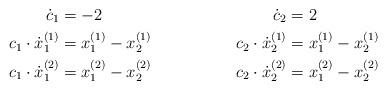
LaTeX: \begin{align*}\dot{c}_1 &= -2 & \dot{c}_2 &= 2\\c_1\cdot\dot{x}_1^{(1)}&=x_1^{(1)}-x_2^{(1)} & c_2\cdot\dot{x}_2^{(1)}&=x_1^{(1)}-x_2^{(1)}\\c_1\cdot\dot{x}_1^{(2)}&=x_1^{(2)}-x_2^{(2)} & c_2\cdot\dot{x}_2^{(2)}&=x_1^{(2)}-x_2^{(2)}\end{align*}